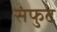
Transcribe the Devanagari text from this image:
संफुट